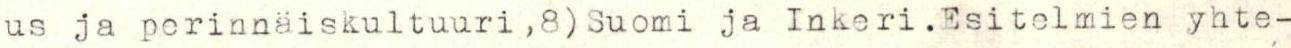
us ja perinnäiskultuuri ,8) Suomi ja Inkeri.Esitelmien yhte-